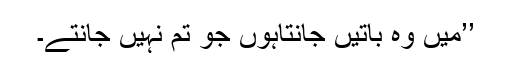
’’میں وہ باتیں جانتاہوں جو تم نہیں جانتے۔